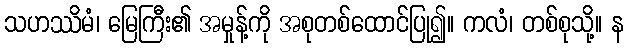
သဟဿိမံ၊ မြေကြီး၏ အမှုန့်ကို အစုတစ်ထောင်ပြု၍။ ကလံ၊ တစ်စုသို့။ န